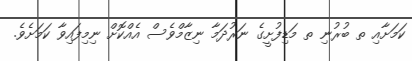
ކަމަށާއި ތ ބުރުނި ތ މަޑިފުށީގެ ނަރުދަމާ ނިޒާމްވެސް އެއްކޮށް ނިމިފައިވާ ކަމަށެވެ.